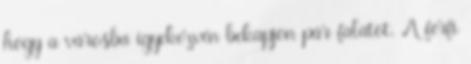
hogy a városba igyekezvén bekapjon pár falatot. A férfi